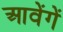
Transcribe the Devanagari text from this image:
आवेंगें